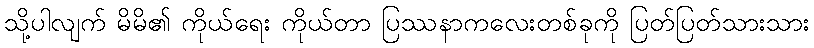
သို့ပါလျက် မိမိ၏ ကိုယ်ရေး ကိုယ်တာ ပြဿနာကလေးတစ်ခုကို ပြတ်ပြတ်သားသား